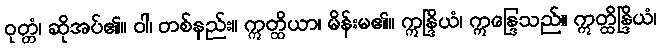
ဝုတ္တံ၊ ဆိုအပ်၏။ ဝါ၊ တစ်နည်း။ ဣတ္ထိယာ၊ မိန်းမ၏။ ဣန္ဒြိယံ၊ ဣန္ဒြေသည်။ ဣတ္ထိန္ဒြိယံ၊